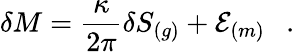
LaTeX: \delta M={\frac{\kappa}{2\pi}}\delta S_{(g)}+{\cal E}_{(m)}~~~.